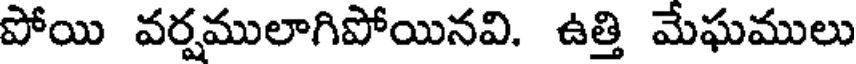
పోయి వర్షములాగిపోయినవి. ఉత్తి మేఘములు